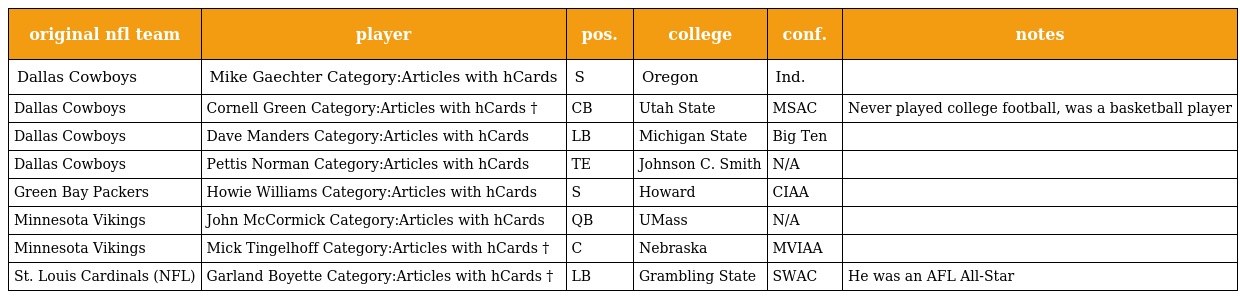
| original nfl team | player | pos. | college | conf. | notes |
 | --- | --- | --- | --- | --- | --- |
 | Dallas Cowboys | Mike Gaechter Category:Articles with hCards | S | Oregon | Ind. |  |
 | Dallas Cowboys | Cornell Green Category:Articles with hCards † | CB | Utah State | MSAC | Never played college football, was a basketball player |
 | Dallas Cowboys | Dave Manders Category:Articles with hCards | LB | Michigan State | Big Ten |  |
 | Dallas Cowboys | Pettis Norman Category:Articles with hCards | TE | Johnson C. Smith | N/A |  |
 | Green Bay Packers | Howie Williams Category:Articles with hCards | S | Howard | CIAA |  |
 | Minnesota Vikings | John McCormick Category:Articles with hCards | QB | UMass | N/A |  |
 | Minnesota Vikings | Mick Tingelhoff Category:Articles with hCards † | C | Nebraska | MVIAA |  |
 | St. Louis Cardinals (NFL) | Garland Boyette Category:Articles with hCards † | LB | Grambling State | SWAC | He was an AFL All-Star |